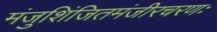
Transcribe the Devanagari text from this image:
मंजुशिंजितमंजीरचरणः